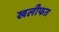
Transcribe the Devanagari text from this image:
खलीफत